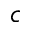
c